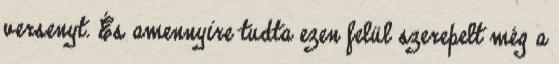
versenyt. És amennyire tudta ezen felül szerepelt még a